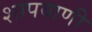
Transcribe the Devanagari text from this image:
शापवाणी